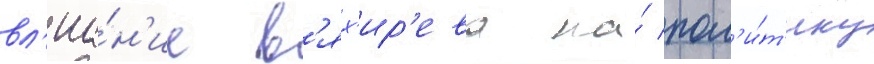
вл'иа́н'ие в'ях'ир'ева на́ пол'и́т'ику